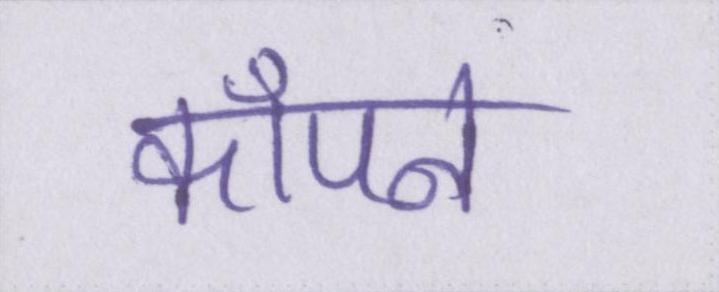
कॉँपने